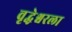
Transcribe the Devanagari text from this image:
वृद्धेश्वरला